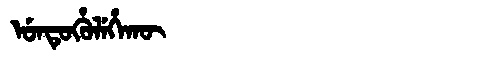
Manchu: ᡠᠨᡨᡠᡥᡠᠯᡝᡥᠠᡴᡡ
Romanization: UNTUHULEHAKŪ